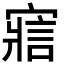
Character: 寣